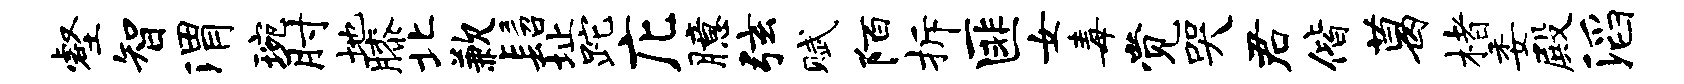
壑智渭琬肘地膝北歉髫址跎庀臆弦赋陌拆匪女毒觉哭君偕葛楮委殿滔